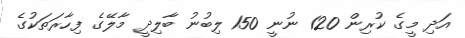
އަދި މީގެ ކުރިން 120 ނުނީ 150 ލިބުނު ބާލިދީ މާލޭގެ ފިހާރަތަކުގެ